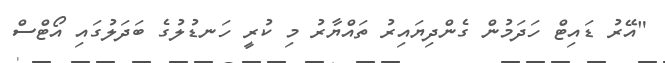
"އޭރު ޑައިޓް ހަދަމުން ގެންދިޔައިރު ތައްޔާރު މި ކުރީ ހަނޑުލުގެ ބަދަލުގައި އޯޓްސް